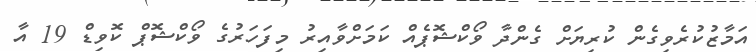
އަމާޒުކުރެވިގެން ކުރިޔަށް ގެންދާ ވޯކްޝޮޕެއް ކަމަށްވާއިރު މިފަހަރުގެ ވޯކްޝޮޕް ކޮވިޑް 19 އާ